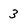
Character: 3